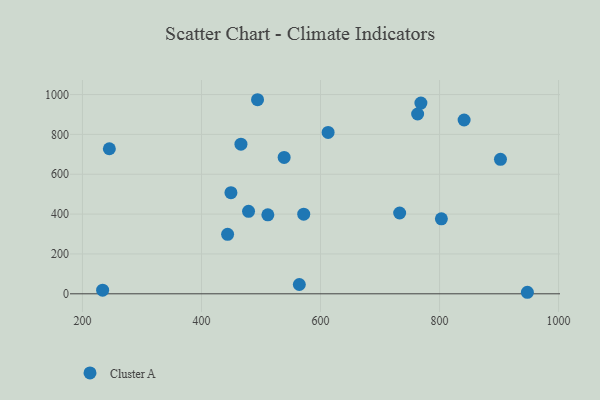
{"axis": {"x": "Ad Spend", "y": "Yield"}, "legend": ["Cluster A"], "data": [{"x": "466.3", "y": 750.9, "type": "Cluster A"}, {"x": "511.5", "y": 396.5, "type": "Cluster A"}, {"x": "443.9", "y": 298.6, "type": "Cluster A"}, {"x": "841.3", "y": 872.1, "type": "Cluster A"}, {"x": "803.1", "y": 376.2, "type": "Cluster A"}, {"x": "233.9", "y": 18.0, "type": "Cluster A"}, {"x": "494.2", "y": 973.9, "type": "Cluster A"}, {"x": "538.9", "y": 684.6, "type": "Cluster A"}, {"x": "768.7", "y": 957.2, "type": "Cluster A"}, {"x": "612.8", "y": 809.9, "type": "Cluster A"}, {"x": "902.4", "y": 674.6, "type": "Cluster A"}, {"x": "947.6", "y": 7.7, "type": "Cluster A"}, {"x": "571.8", "y": 399.5, "type": "Cluster A"}, {"x": "763.2", "y": 902.2, "type": "Cluster A"}, {"x": "449.5", "y": 507.6, "type": "Cluster A"}, {"x": "479.1", "y": 413.7, "type": "Cluster A"}, {"x": "733.0", "y": 405.6, "type": "Cluster A"}, {"x": "564.4", "y": 46.7, "type": "Cluster A"}, {"x": "245.2", "y": 728.0, "type": "Cluster A"}]}